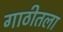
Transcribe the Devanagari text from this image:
गाठीतला